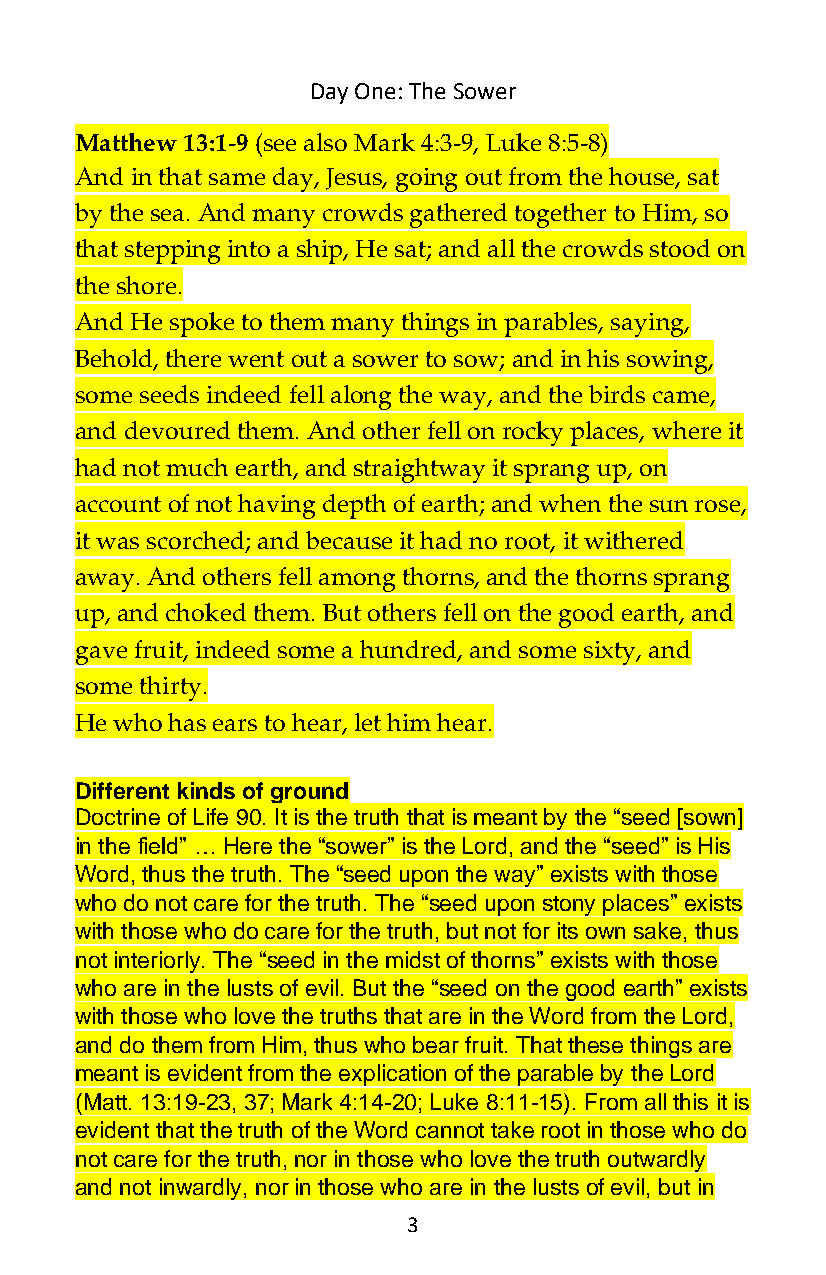
Day One: The Sower
 Matthew 13:1-9 (see also Mark 4:3-9, Luke 8:5-8)
 And in that same day, Jesus, going out from the house, sat
 by the sea. And many crowds gathered together to Him, so
 that stepping into a ship, He sat; and all the crowds stood on
 the shore.
 And He spoke to them many things in parables, saying,
 Behold, there went out a sower to sow; and in his sowing,
 some seeds indeed fell along the way, and the birds came,
 and devoured them. And other fell on rocky places, where it
 had not much earth, and straightway it sprang up, on
 account of not having depth of earth; and when the sun rose,
 it was scorched; and because it had no root, it withered
 away. And others fell among thorns, and the thorns sprang
 up, and choked them. But others fell on the good earth, and
 gave fruit, indeed some a hundred, and some sixty, and
 some thirty.
 He who has ears to hear, let him hear.
 Different kinds of ground
 Doctrine of Life 90. It is the truth that is meant by the “seed [sown]
 in the field” … Here the “sower” is the Lord, and the “seed” is His
 Word, thus the truth. The “seed upon the way” exists with those
 who do not care for the truth. The “seed upon stony places” exists
 with those who do care for the truth, but not for its own sake, thus
 not interiorly. The “seed in the midst of thorns” exists with those
 who are in the lusts of evil. But the “seed on the good earth” exists
 with those who love the truths that are in the Word from the Lord,
 and do them from Him, thus who bear fruit. That these things are
 meant is evident from the explication of the parable by the Lord
 (Matt. 13:19-23, 37; Mark 4:14-20; Luke 8:11-15). From all this it is
 evident that the truth of the Word cannot take root in those who do
 not care for the truth, nor in those who love the truth outwardly
 and not inwardly, nor in those who are in the lusts of evil, but in
 3